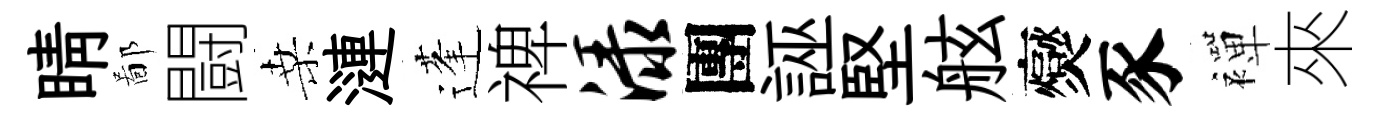
睛鄙闘桑漣蓬禆渌團誣堅舷爕豕襌來